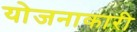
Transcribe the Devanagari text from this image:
योजनाकारी